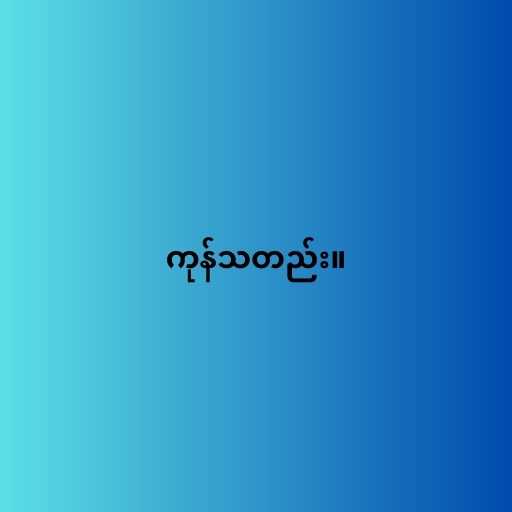
ကုန်သတည်း။